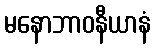
မနောဘာဝနီယာနံ